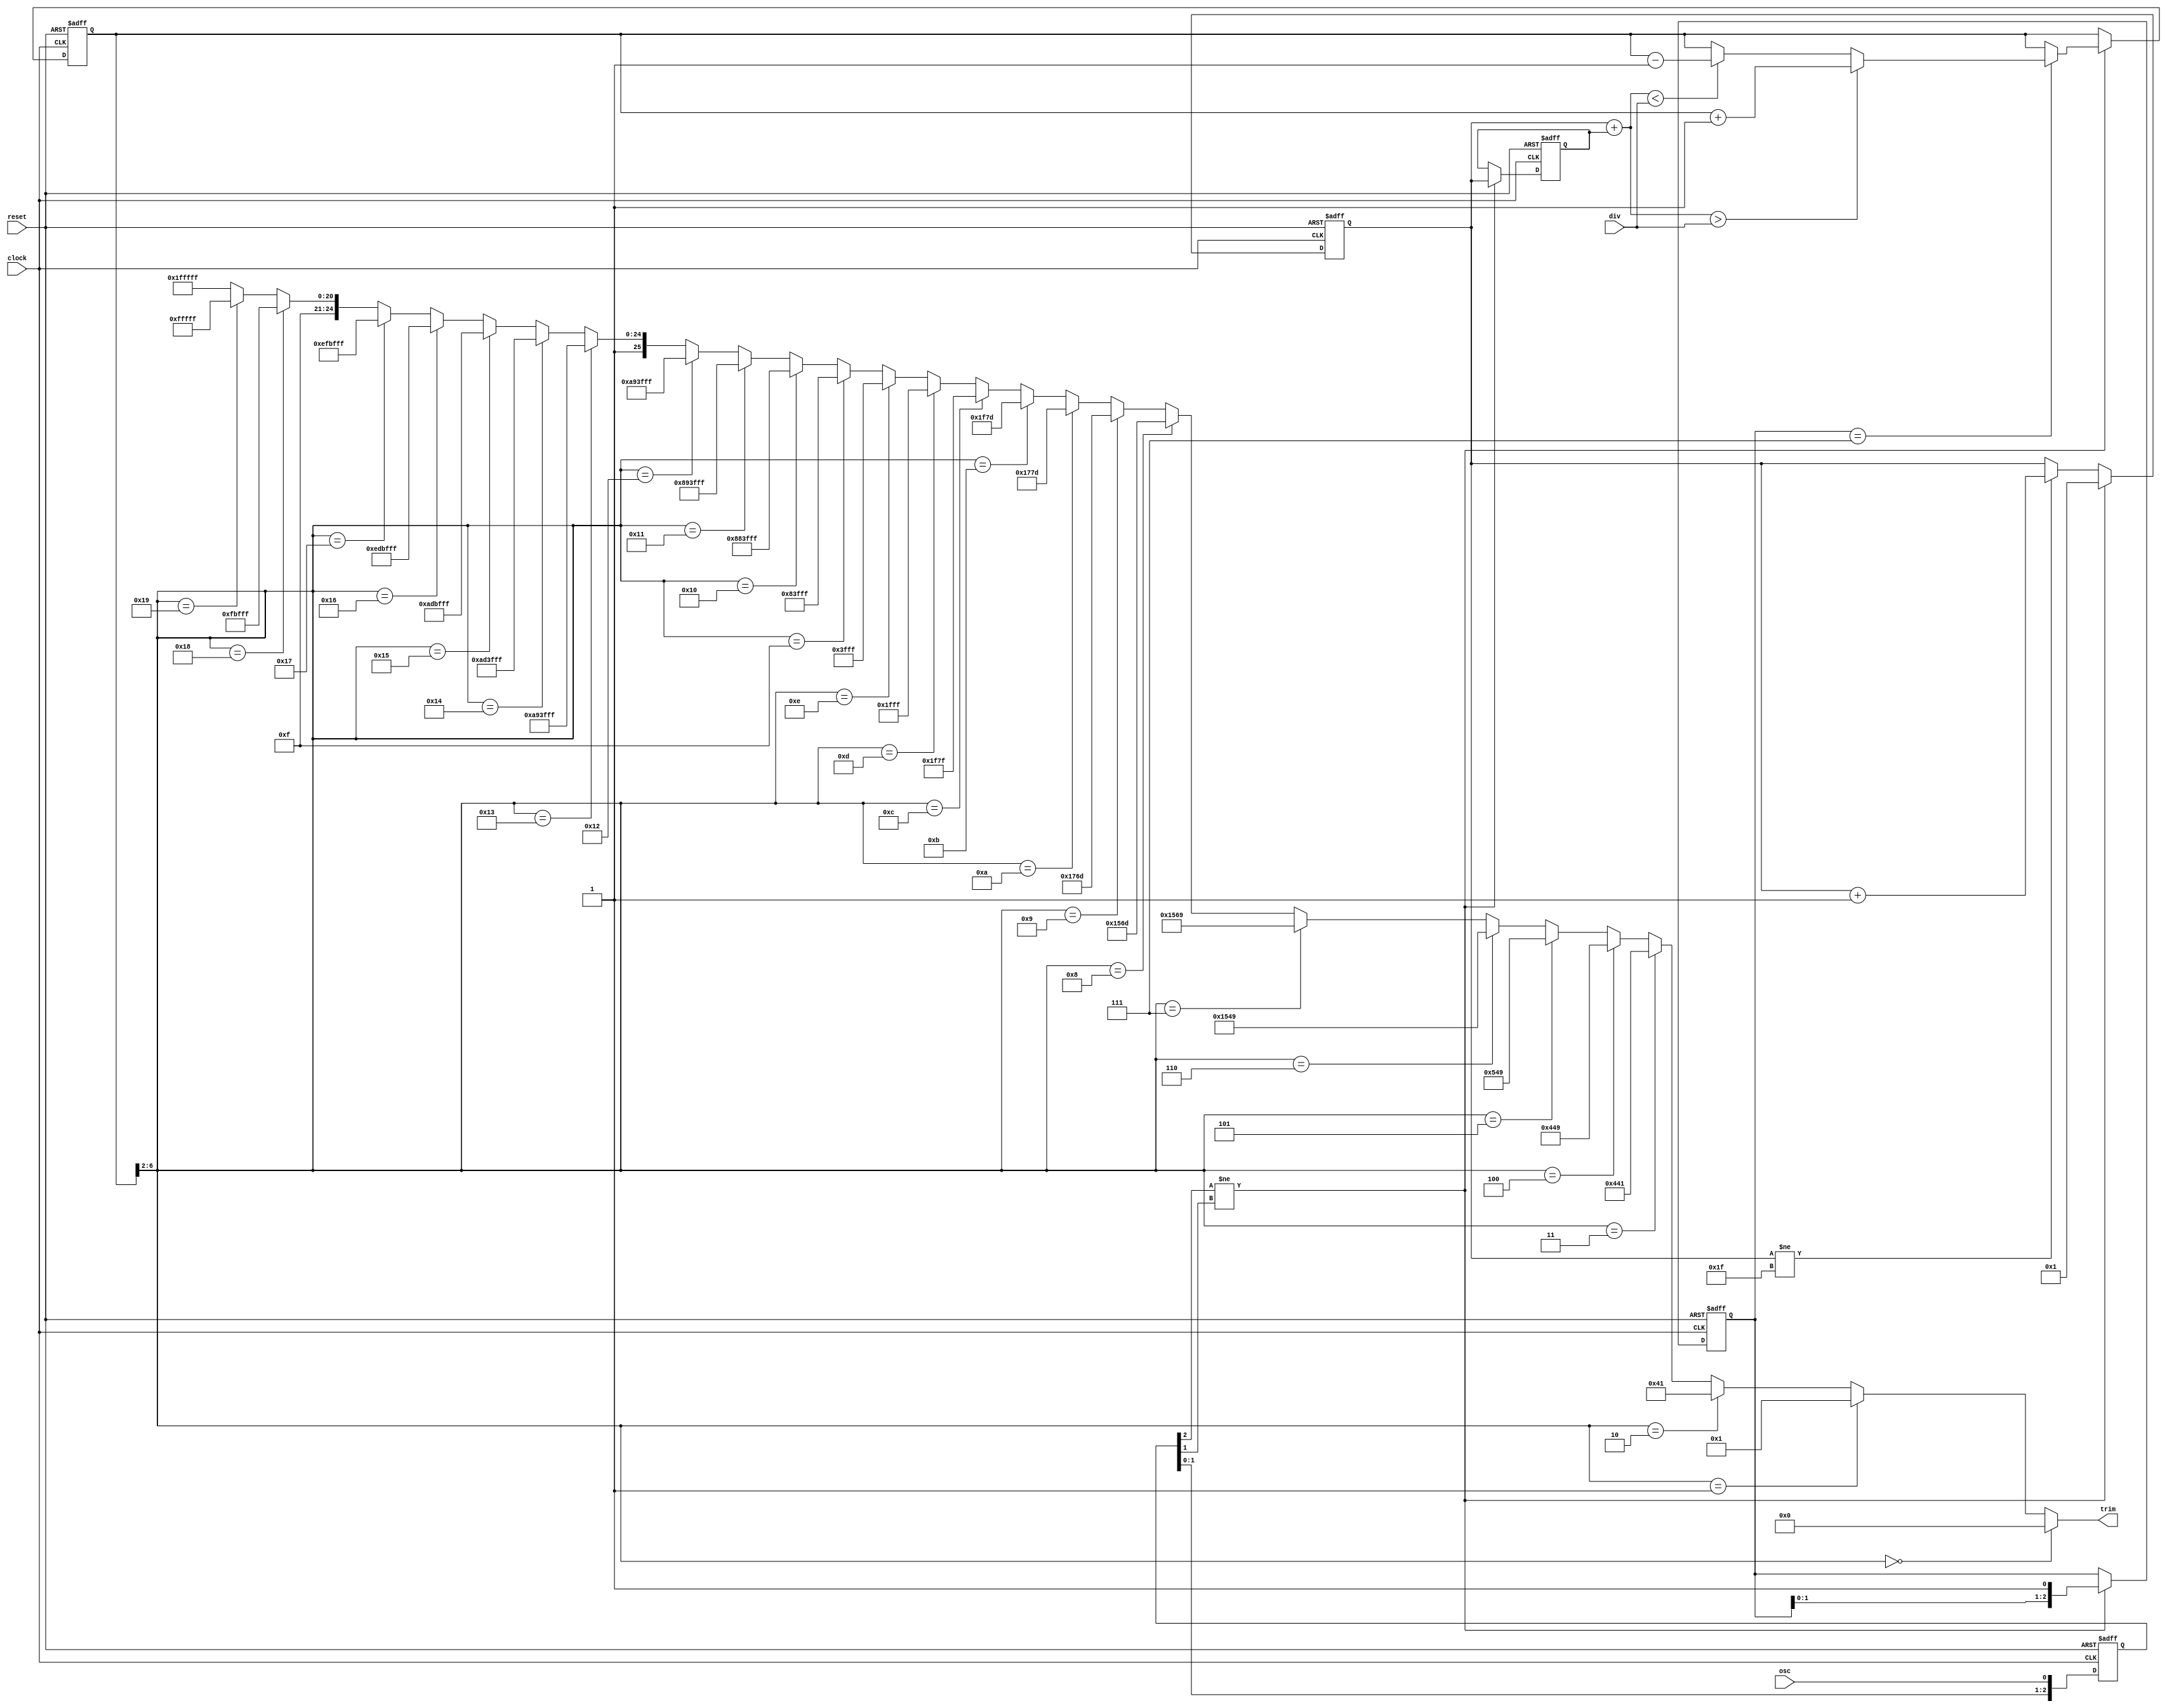
module digital_pll_controller(reset, clock, osc, div, trim);
    input reset;
    input clock;
    input osc;
    input [4:0] div;
    output [25:0] trim;		// Use ring_osc2x13, with 26 trim bits

    wire [25:0] trim;
    reg [2:0] oscbuf;
    reg [2:0] prep;

    reg [4:0] count0;
    reg [4:0] count1;
    reg [6:0] tval;	// Includes 2 bits fractional
    wire [4:0] tint;	// Integer part of the above

    wire [5:0] sum;

    assign sum = count0 + count1;
 
    // Integer to thermometer code (maybe there's an algorithmic way?)
    assign tint = tval[6:2];
                                     // |<--second-->|<-- first-->|
    assign trim = (tint == 5'd0)  ? 26'b0000000000000_0000000000000 :
		  (tint == 5'd1)  ? 26'b0000000000000_0000000000001 :
		  (tint == 5'd2)  ? 26'b0000000000000_0000001000001 :
		  (tint == 5'd3)  ? 26'b0000000000000_0010001000001 :
		  (tint == 5'd4)  ? 26'b0000000000000_0010001001001 :
		  (tint == 5'd5)  ? 26'b0000000000000_0010101001001 :
		  (tint == 5'd6)  ? 26'b0000000000000_1010101001001 :
		  (tint == 5'd7)  ? 26'b0000000000000_1010101101001 :
		  (tint == 5'd8)  ? 26'b0000000000000_1010101101101 :
		  (tint == 5'd9)  ? 26'b0000000000000_1011101101101 :
		  (tint == 5'd10) ? 26'b0000000000000_1011101111101 :
		  (tint == 5'd11) ? 26'b0000000000000_1111101111101 :
		  (tint == 5'd12) ? 26'b0000000000000_1111101111111 :
		  (tint == 5'd13) ? 26'b0000000000000_1111111111111 :
		  (tint == 5'd14) ? 26'b0000000000001_1111111111111 :
		  (tint == 5'd15) ? 26'b0000001000001_1111111111111 :
		  (tint == 5'd16) ? 26'b0010001000001_1111111111111 :
		  (tint == 5'd17) ? 26'b0010001001001_1111111111111 :
		  (tint == 5'd18) ? 26'b0010101001001_1111111111111 :
		  (tint == 5'd19) ? 26'b1010101001001_1111111111111 :
		  (tint == 5'd20) ? 26'b1010101101001_1111111111111 :
		  (tint == 5'd21) ? 26'b1010101101101_1111111111111 :
		  (tint == 5'd22) ? 26'b1011101101101_1111111111111 :
		  (tint == 5'd23) ? 26'b1011101111101_1111111111111 :
		  (tint == 5'd24) ? 26'b1111101111101_1111111111111 :
		  (tint == 5'd25) ? 26'b1111101111111_1111111111111 :
				    26'b1111111111111_1111111111111;
   
    always @(posedge clock or posedge reset) begin
	if (reset == 1'b1) begin
	    tval <= 7'd0;	// Note:  trim[0] must be zero for startup to work.
	    oscbuf <= 3'd0;
	    prep <= 3'd0;
	    count0 <= 5'd0;
	    count1 <= 5'd0;

	end else begin
	    oscbuf <= {oscbuf[1:0], osc};

	    if (oscbuf[2] != oscbuf[1]) begin
		count1 <= count0;
		count0 <= 5'b00001;
		prep <= {prep[1:0], 1'b1};

		if (prep == 3'b111) begin
		    if (sum > div) begin
			tval <= tval + 1;
		    end else if (sum < div) begin
			tval <= tval - 1;
		    end
		end
	    end else begin
		if (count0 != 5'b11111) begin
	            count0 <= count0 + 1;
		end
	    end
	end
    end

endmodule